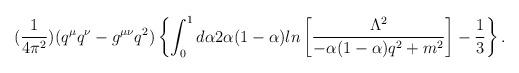
LaTeX: \begin{align*}(\frac{1}{4\pi^{2}})(q^{\mu}q^{\nu}-g^{\mu\nu}q^{2})\left\{\int^{1}_{0}d\alpha2\alpha(1-\alpha)ln\left[\frac{\Lambda^{2}}{-\alpha(1-\alpha)q^{2}+m^{2}}\right]-\frac{1}{3}\right\}.\end{align*}